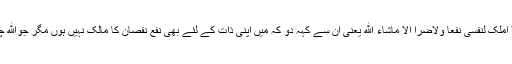
قل لا املک لنفسی نفعاً ولاضرا الا ماشاء الله یعنی ان سے کہہ دو کہ میں اپنی ذات کے لئے بھی نفع نقصان کا مالک نہیں ہوں مگر جوالله چاہے۔